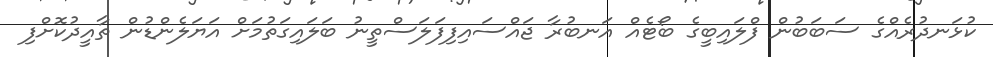
ކުޅަނދުރެއްގެ ސަބަބުން ފްލައިބީގެ ބޯޓެއް އަނބުރާ ޖައްސައިފިފަލަސްތީނު ބަލައިގަތުމަށް އަޔަލެންޑުން ތާއީދުކޮށްފި